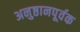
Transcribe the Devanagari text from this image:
अनुष्ठानपूर्वक